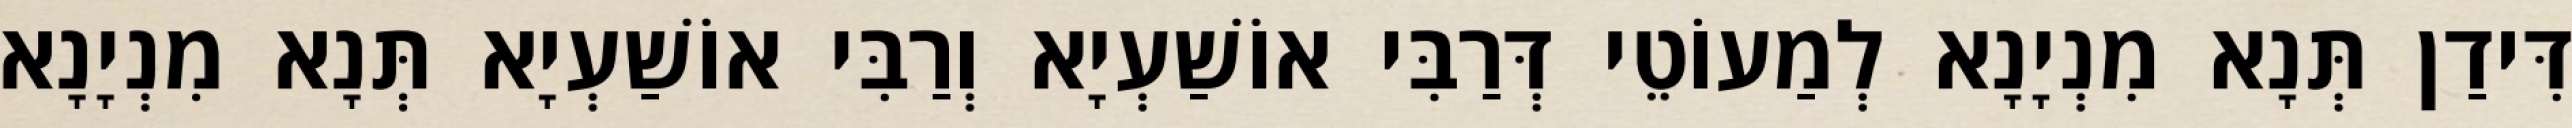
דִּידַן תְּנָא מִנְיָנָא לְמַעוֹטֵי דְּרַבִּי אוֹשַׁעְיָא וְרַבִּי אוֹשַׁעְיָא תְּנָא מִנְיָנָא